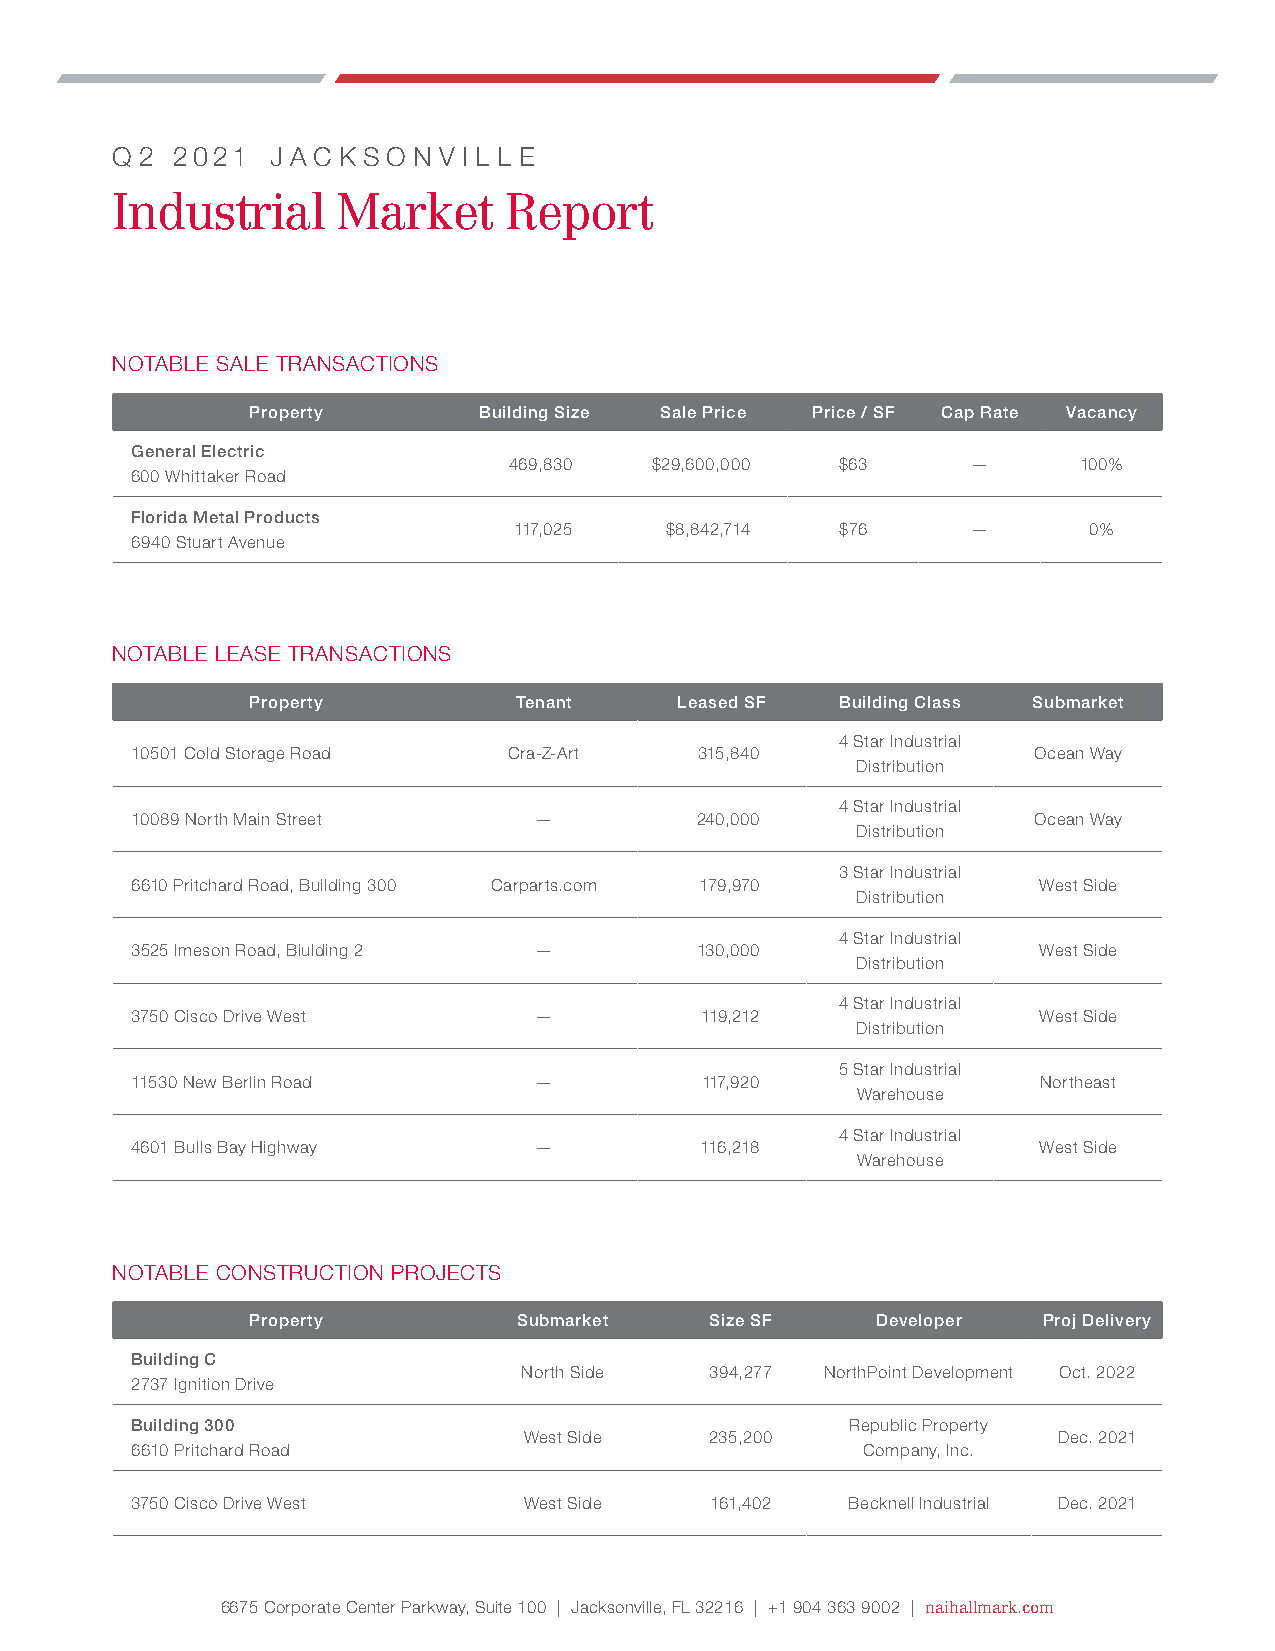
q 2 2021   j a c k s o n v i l l e
 Industrial     Market     Report
 NOTABLE SALE TRANSACTIONS
 Property        Building Size Sale Price Price / SF Cap Rate Vacancy
 General Electric
 469,830  $29,600,000  $63     —      100%
 600 Whittaker Road
 Florida Metal Products
 117,025   $8,842,714  $76     —       0%
 6940 Stuart Avenue
 NOTABLE LEASE TRANSACTIONS
 Property          Tenant     Leased SF  Building Class Submarket
 4 Star Industrial
 10501 Cold Storage Road  Cra-Z-Art   315,840               Ocean Way
 Distribution
 4 Star Industrial
 10089 North Main Street   —          240,000               Ocean Way
 Distribution
 3 Star Industrial
 6610 Pritchard Road, Building 300 Carparts.com 179,970      West Side
 Distribution
 4 Star Industrial
 3525 Imeson Road, Biulding 2 —       130,000                West Side
 Distribution
 4 Star Industrial
 3750 Cisco Drive West     —          119,212                West Side
 Distribution
 5 Star Industrial
 11530 New Berlin Road     —          117,920                Northeast
 Warehouse
 4 Star Industrial
 4601 Bulls Bay Highway    —          116,218                West Side
 Warehouse
 NOTABLE CONSTRUCTION PROJECTS
 Property          Submarket    Size SF    Developer  Proj Delivery
 Building C
 North Side  394,277 NorthPoint Development Oct. 2022
 2737 Ignition Drive
 Building 300                                   Republic Property
 West Side   235,200                Dec. 2021
 6610 Pritchard Road                             Company, Inc.
 3750 Cisco Drive West     West Side   161,402  Becknell Industrial Dec. 2021
 6675 Corporate Center Parkway, Suite 100 | Jacksonville, FL 32216 | +1 904 363 9002 | naihallmark.com